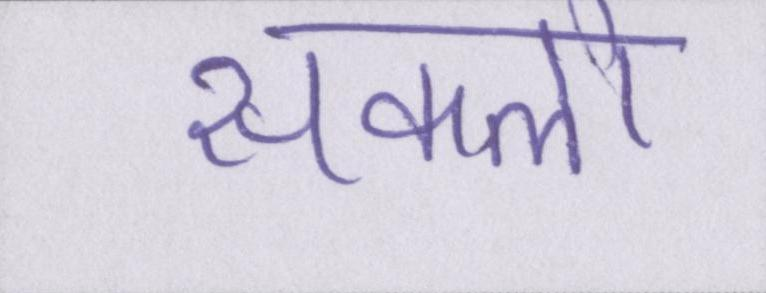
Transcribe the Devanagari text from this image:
सकलो